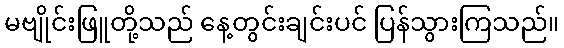
မဗျိုင်းဖြူတို့သည် နေ့တွင်းချင်းပင် ပြန်သွားကြသည်။